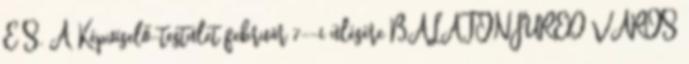
É S. A Képviselő-testület február 7--i ülésére BALATONFÜRED VÁROS